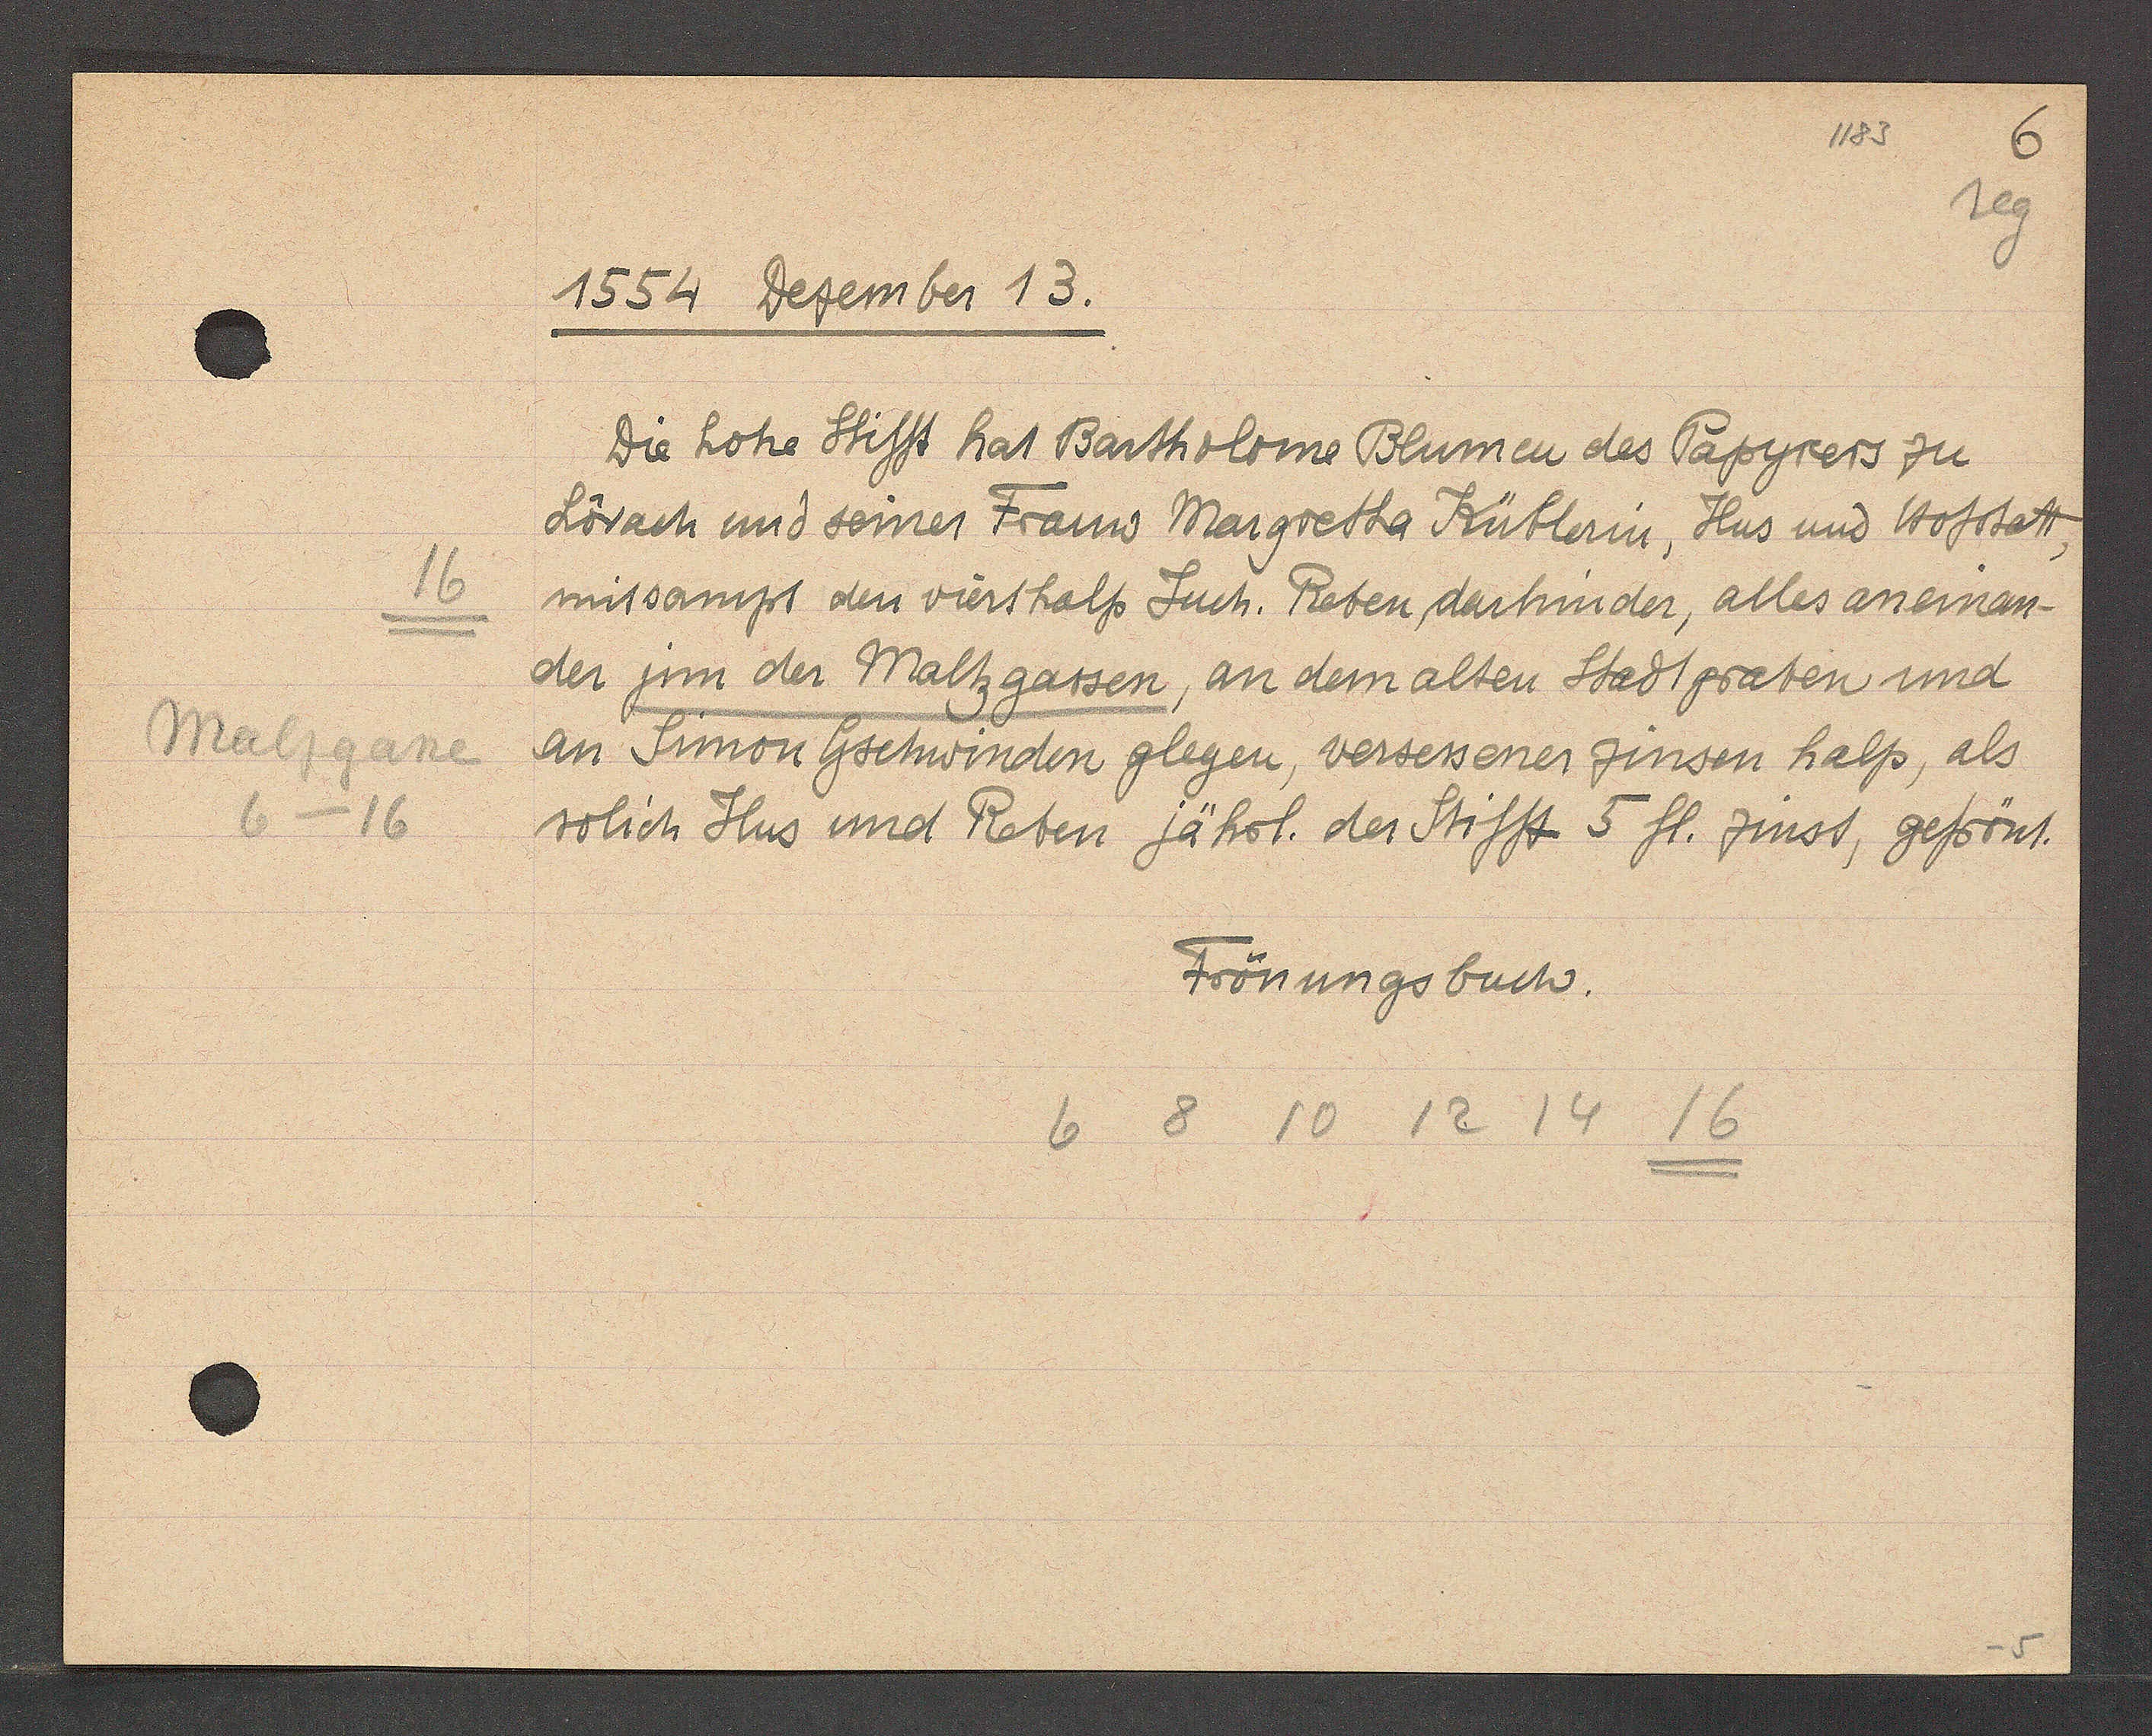
Transcript:
16
Malzgasse
6 - 16

1554 Dezember 13.

Die hohe Stifft hat Bartholome Blumen des Papyrers zu
Lörach und seiner Frauw Margretha Küblerin, Hus und Hofstatt,
mitsampt den vierthalp Juch. Reben darhinder, alles an einem-
der jnn der Maltzgassen, an dem alten Stadtgraten und
an Simon Gschwinden glegen, versessener zinsen halp, als
solich Hus und Reben jährl. der Stifft 5 fl. zinst, gefrönt.

Frönungsbuch.

6 8 10 12 14 16